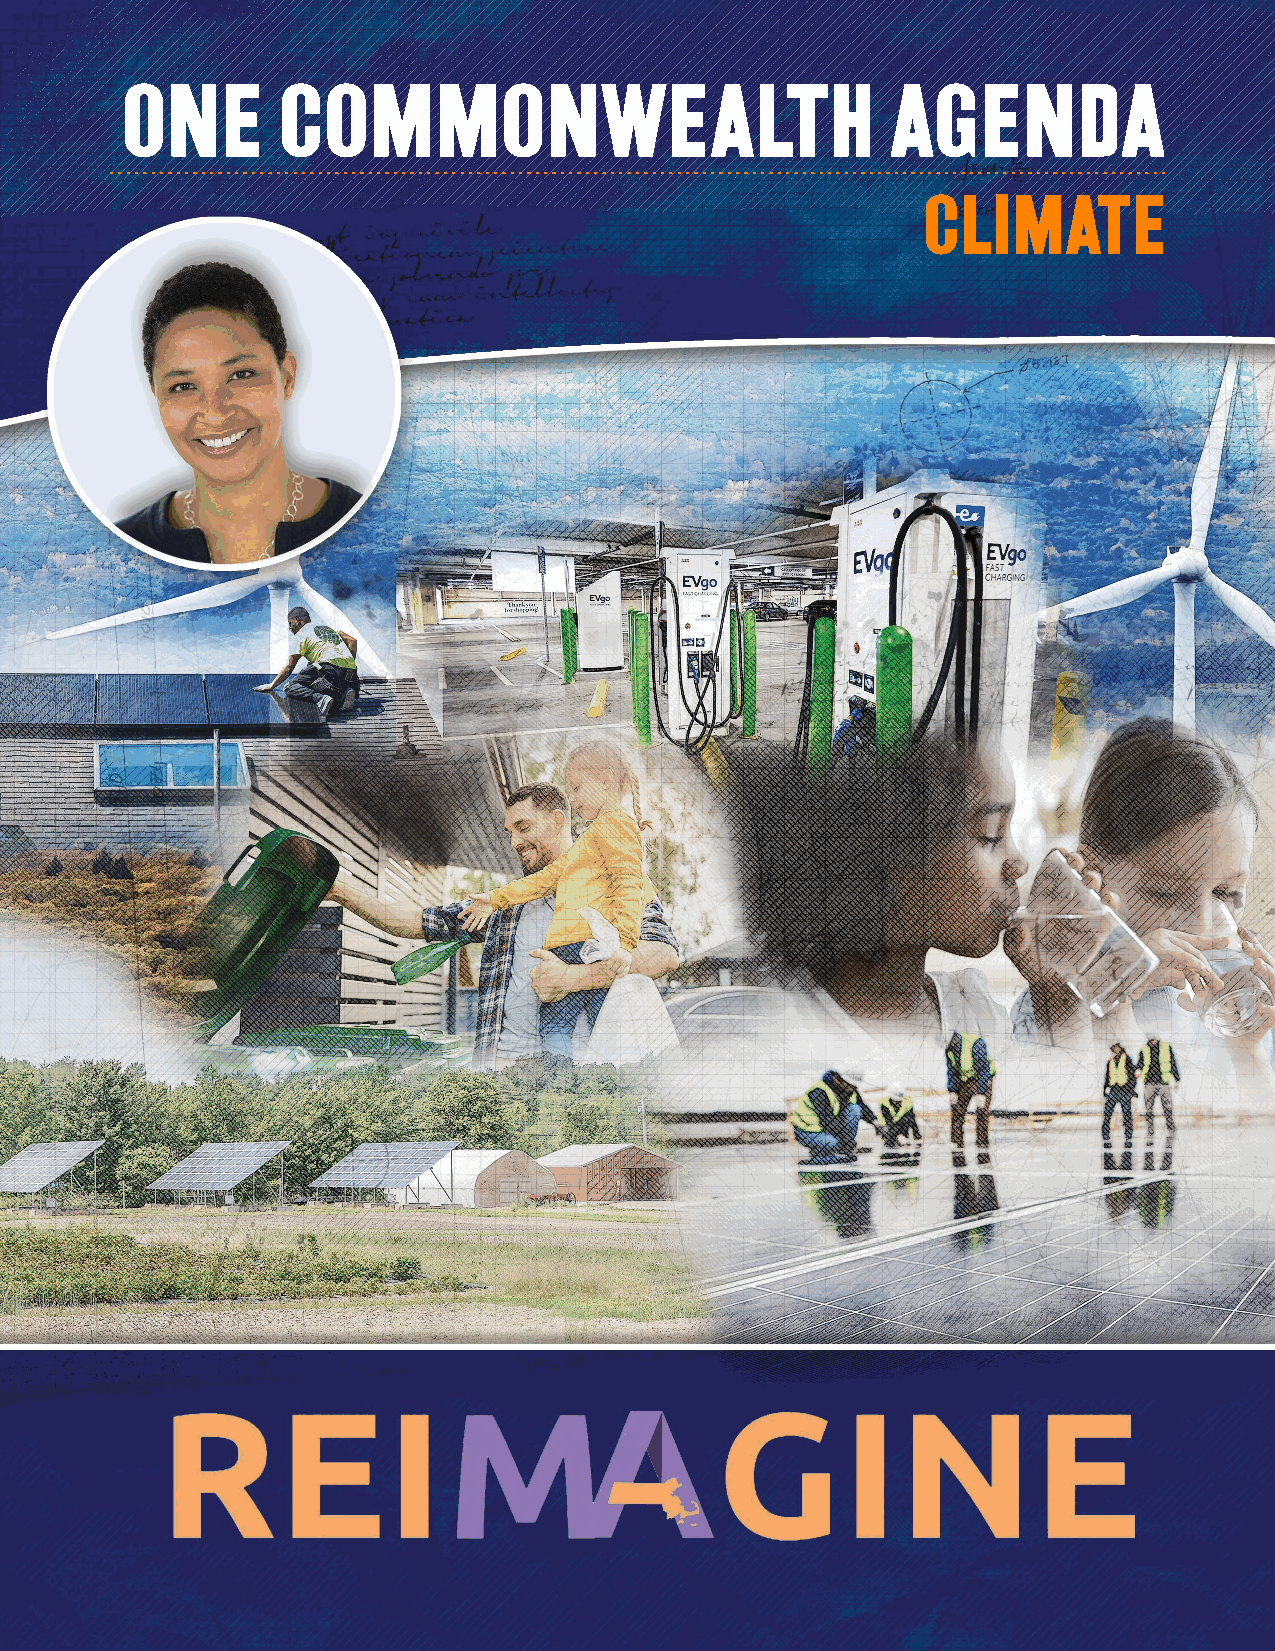
One       Commonwealth                            Agenda
 climate